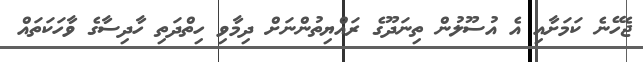
ޖެހޭނެ ކަމަށާއި އެ އުސޫލުން ތިނަދޫގެ ރައްޔިތުންނަށް ދިމާވި ހިތްދަތި ހާދިސާގެ ވާހަކަތައް